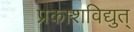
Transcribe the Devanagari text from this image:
प्रकाशविद्युत्‌